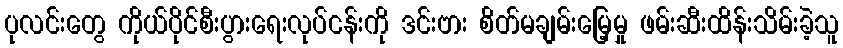
ပုလင်းတွေ ကိုယ်ပိုင်စီးပွားရေးလုပ်ငန်းကို ဒင်းဗား စိတ်မချမ်းမြေ့မှု ဖမ်းဆီးထိန်းသိမ်းခဲ့သူ